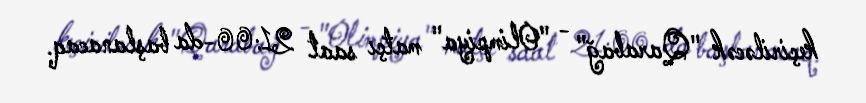
keçiriləcək "Qarabağ" - "Olimpiya" matçı saat 21:00-da başlanacaq.